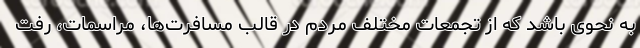
به نحوی باشد که از تجمعات مختلف مردم در قالب مسافرت‌ها، مراسمات، رفت